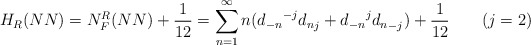
\begin{align*} H_{R} (NN) = N_F^{R}(NN) + \frac{1}{12} =\sum_{n=1}^{\infty}n ({d_{-n}}^{-j}{ d_{n}}_{j} +{d_{-n}}^{j}{ d_{n}}_{-j}) + \frac{1}{12}\;\;\;\;\;\;\; (j = 2)\end{align*}